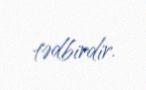
tədbirdir.